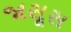
જાસૂસ